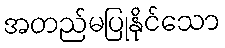
အတည်မပြုနိုင်သော